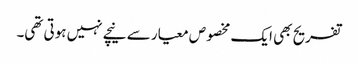
تفریح بھی ایک مخصوص معیار سے نیچے نہیں ہوتی تھی۔